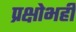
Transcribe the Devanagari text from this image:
प्रक्षोभही